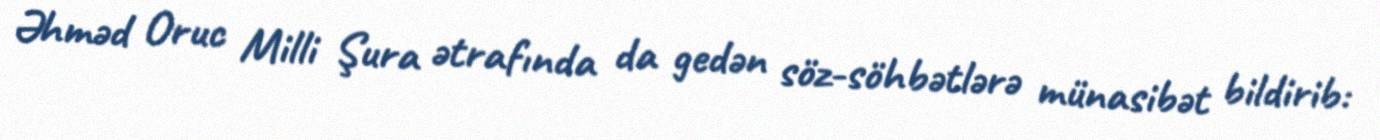
Əhməd Oruc Milli Şura ətrafında da gedən söz-söhbətlərə münasibət bildirib: